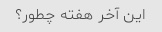
این آخر هفته چطور؟